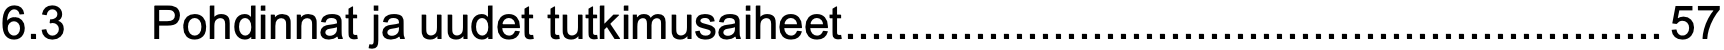
6.3  Pohdinnat ja uudet tutkimusaiheet...............................................................57